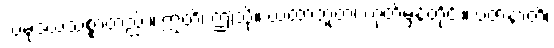
သမုဒယသစ္စာတည်း။ ဣတိ၊ ဤသို့။ ယထာဘူတံ၊ ဟုတ်မှန်တိုင်း။ ပဇာနာတိ၊